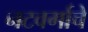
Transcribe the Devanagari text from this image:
नटवर्गाचे